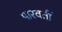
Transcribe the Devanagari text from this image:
पारवर्ती